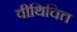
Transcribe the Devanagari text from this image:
वीथिचित्त